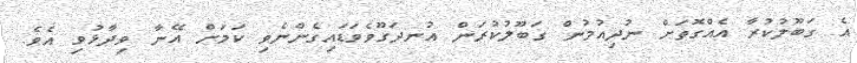
އެ ގަބޫލުކުރާ އެއްގޮތަށް ނުދިއުމުން ގަބޫލުކުރަން އުނދަގޫވެވަޑައިގެންނެވި ކަމަށް އޭނާ ވިދާޅުވި އެވެ.